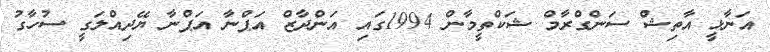
އަނާޅީ އާތިޝް ސަންގްރާމް ޝަކްތީމާން 1994ގައި އަންދާޒް އަޕްނާ އަޕްނާ ޔޭދިއްލަގީ ސުހާގު